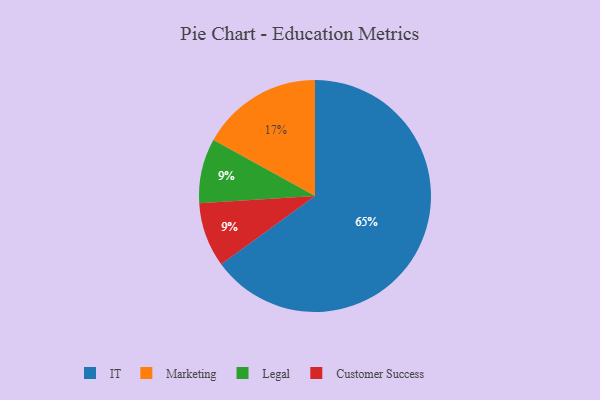
{"axis": {"x": "Category", "y": "Percentage"}, "legend": ["Customer Success", "IT", "Legal", "Marketing"], "data": [{"x": "IT", "y": 65, "type": "IT"}, {"x": "Legal", "y": 9, "type": "Legal"}, {"x": "Customer Success", "y": 9, "type": "Customer Success"}, {"x": "Marketing", "y": 17, "type": "Marketing"}]}